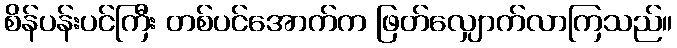
စိန်ပန်းပင်ကြီး တစ်ပင်အောက်က ဖြတ်လျှောက်လာကြသည်။